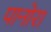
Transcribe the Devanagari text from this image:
पानोरा